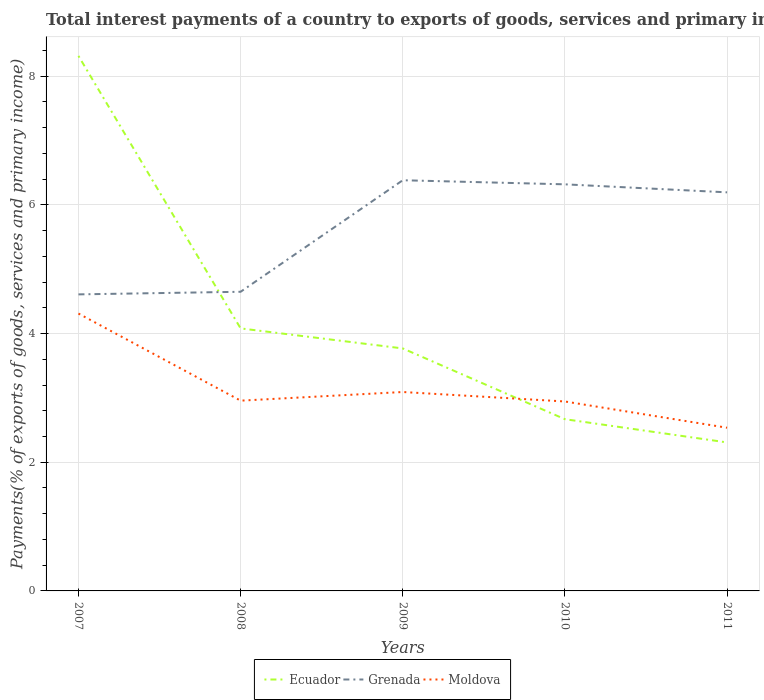
| Years | Ecuador | Grenada | Moldova |
 | --- | --- | --- | --- |
 | 2007 | 8.32 | 4.61 | 4.31 |
 | 2008 | 4.08 | 4.65 | 2.96 |
 | 2009 | 3.77 | 6.38 | 3.09 |
 | 2010 | 2.67 | 6.32 | 2.94 |
 | 2011 | 2.31 | 6.19 | 2.54 |